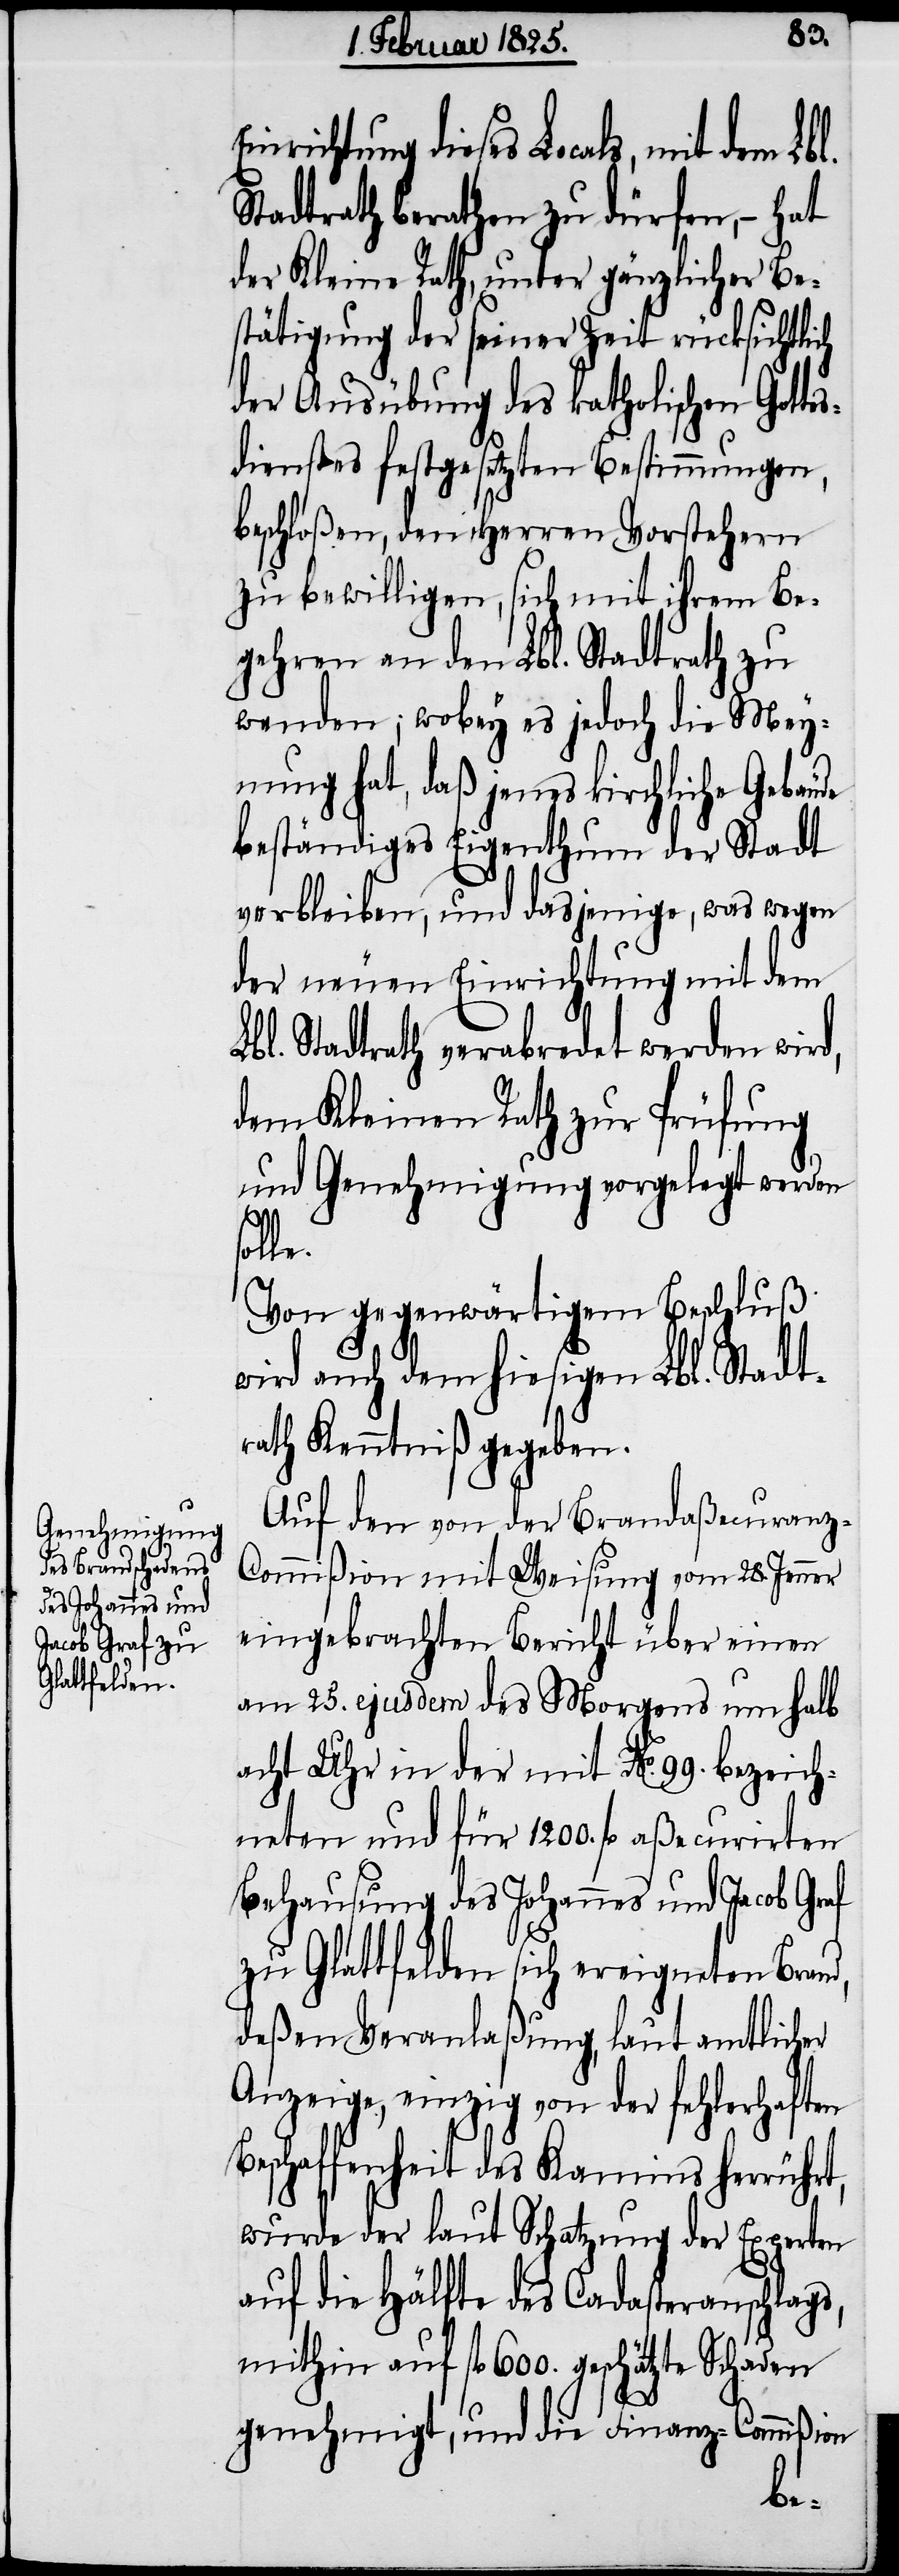
af
Einrichtung dieses Locals, mit dem
Stadtrath berathen zu dürfen, − hat
der Kleine Rath, unter gänzlicher Be¬
stätigung der seiner Zeit rücksichtlich
der Ausübung des katholischen Gottes¬
dienstes festgesetzten Bestimmungen,
beschloßen, den Herren Vorstehern
zu bewilligen, sich mit ihrem Be¬
gehren an den Lbl. Stadtrath zu
wenden; wobey es jedoch die Mey¬
nung hat, daß jenes kirchliche Gebäude
beständiges Eigenthum der Stadt
verbleiben, und dasjenige, was wegen
der neuen Einrichtung mit dem
Lbl. Stadtrath verabredet werden wird,
dem Kleinen Rath zur Prüfung
und Genehmigung vorgelegt werden
soll¬
Von gegenwärtigem Beschluß
wird auch dem hiesigen Lbl. Stadt¬
rath Kenntniß gegeben.
Auf den von der Brandaßecuranz-C¬
ommißion mit Weisung vom 28. Jenner
eingebrachten Bericht über einen
am 25. ejusdem des Morgens um halb
acht Uhr in der mit No. 99. bezeich¬
neten und für 1200. fl aßecurirten
Behausung des Johannes und Jacob Gr¬
zu Glattfelden sich ereigneten Brand,
deßen Veranlaßung, laut amtlicher
Anzeige, einzig von der fehlerhaften
Beschaffenheit des Kamins herrührt,
wurde der laut Schatzung der Experten
auf die Hälfte des Cadasteranschlags,
mithin auf fl 600. geschätzte Schaden
genehmigt, und die Finanz-Commißion
e.